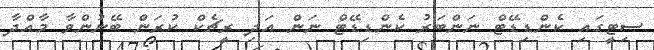
ސިޓީގައި ކެންޑިޑޭޓް ނަންބަރު ކެންޑިޑޭޓް ނަން އަދި ރީޗެކް ކުރަން ބޭނުންވާ މާއްދާ